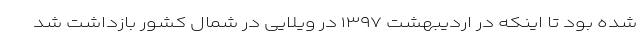
شده بود تا اینکه در اردیبهشت ۱۳۹۷ در ویلایی در شمال کشور بازداشت شد